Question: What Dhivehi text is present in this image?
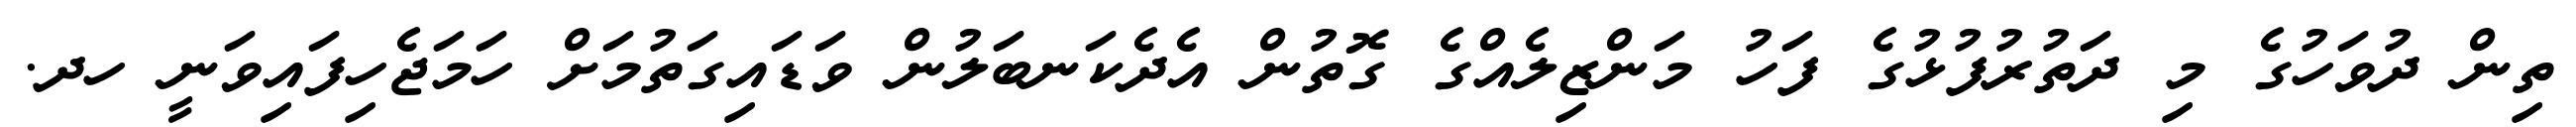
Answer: ތިން ދުވަހުގެ މި ދަތުރުފުޅުގެ ފަހު މަންޒިލެއްގެ ގޮތުން އެދެކަނބަލުން ވަޑައިގަތުމަށް ހަމަޖެހިފައިވަނީ ހދ.